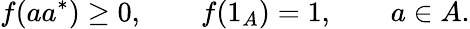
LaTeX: f(aa^{*})\geq 0,\qquad f(1_{A})=1,\qquad a\in A.